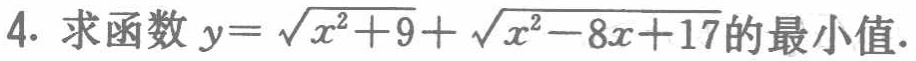
4. 求函数 \(y = \sqrt{x^{2}+9}+\sqrt{x^{2}-8x + 17}\) 的最小值.